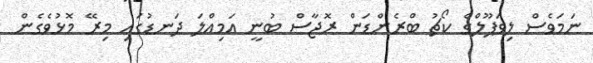
ނަމަވެސް ލިވަޕޫލްގެ ކޯޗު ބްރެންޑަން ރޮޖާސް ބުނީ އަމިއްލަ ދަނޑުގައި މިރޭ މޮޅުވެެގެން